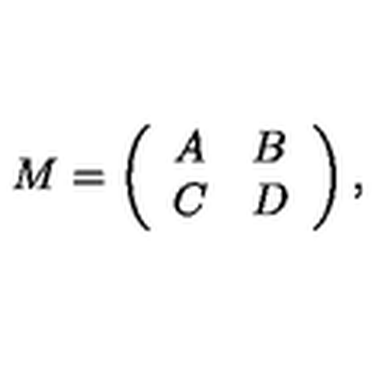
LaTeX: M = \left( \begin{array} { l l } { A } & { B } \\ { C } & { D } \\ \end{array} \right) ,